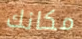
مكانك